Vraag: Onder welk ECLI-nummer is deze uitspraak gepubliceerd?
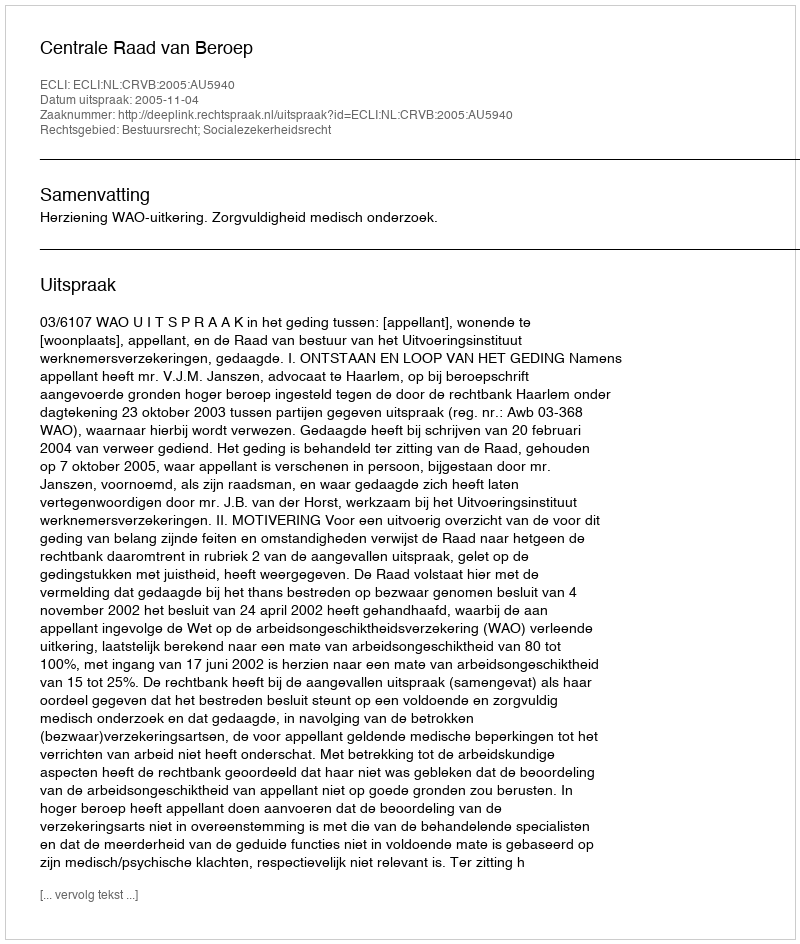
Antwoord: ECLI:NL:CRVB:2005:AU5940